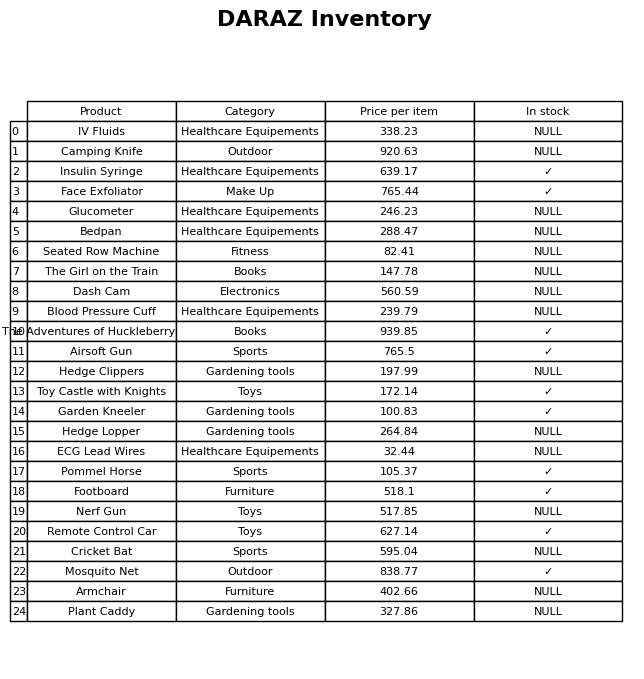
question: What is the price of the Remote Control Car?
answer: The price of Remote Control Car is 627.14.